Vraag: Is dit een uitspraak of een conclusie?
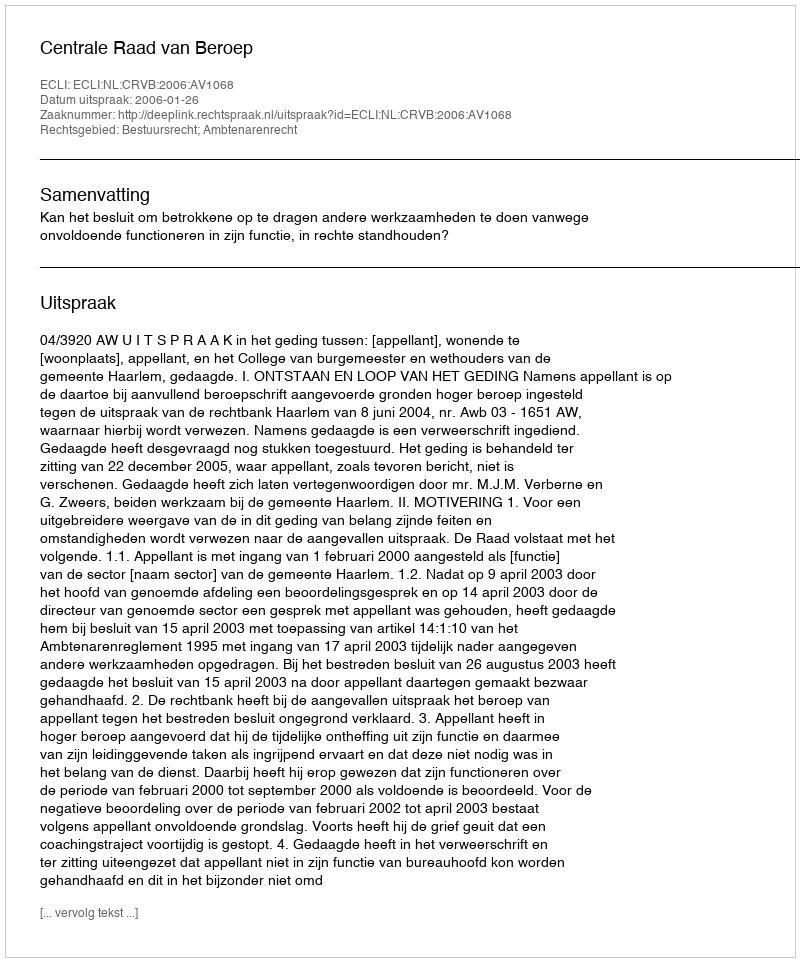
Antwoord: Uitspraak